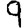
Digit: 9